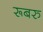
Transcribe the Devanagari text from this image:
रूबरु